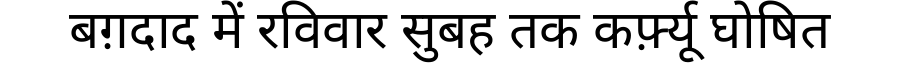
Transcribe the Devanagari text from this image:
बग़दाद में रविवार सुबह तक कर्फ़्यू घोषित